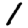
Digit: 1